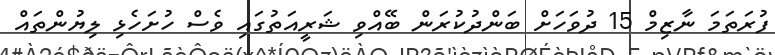
ފުރަތަމަ ނާޒިމް 15 ދުވަހަށް ބަންދުކުރަން ބޭއްވި ޝަރީއަތުގައި ވެސް ހުށަހެޅި ލިޔުންތައް